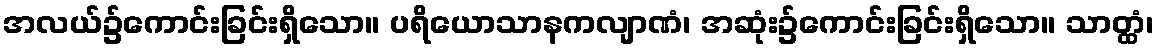
အလယ်၌ကောင်းခြင်းရှိသော။ ပရိယောသာနကလျာဏံ၊ အဆုံး၌ကောင်းခြင်းရှိသော။ သာတ္ထံ၊